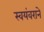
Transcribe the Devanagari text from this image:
स्वयंवराने